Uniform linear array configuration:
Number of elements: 12
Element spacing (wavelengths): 0.5
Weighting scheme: hamming
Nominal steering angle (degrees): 0
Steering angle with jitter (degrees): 1.229
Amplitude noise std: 0.05
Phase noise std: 0.05

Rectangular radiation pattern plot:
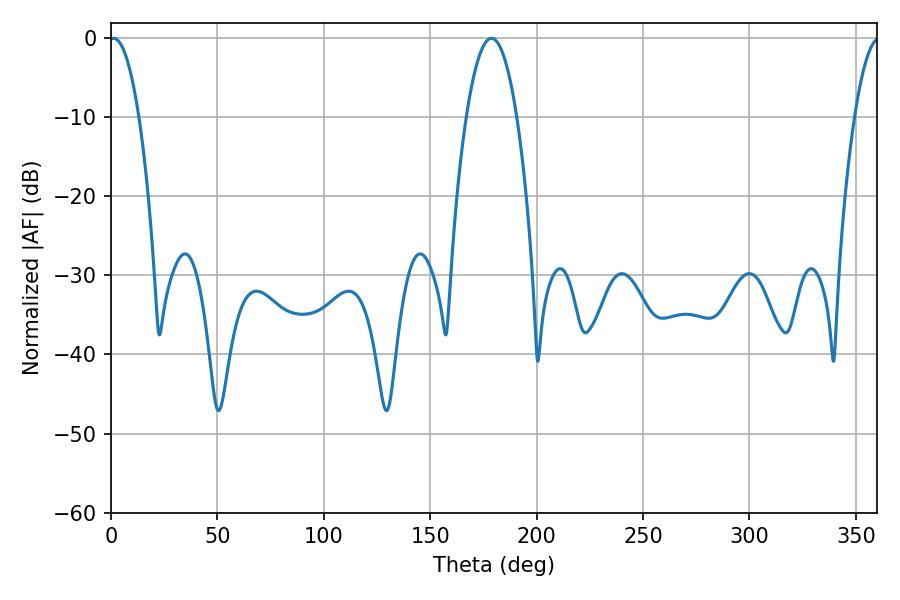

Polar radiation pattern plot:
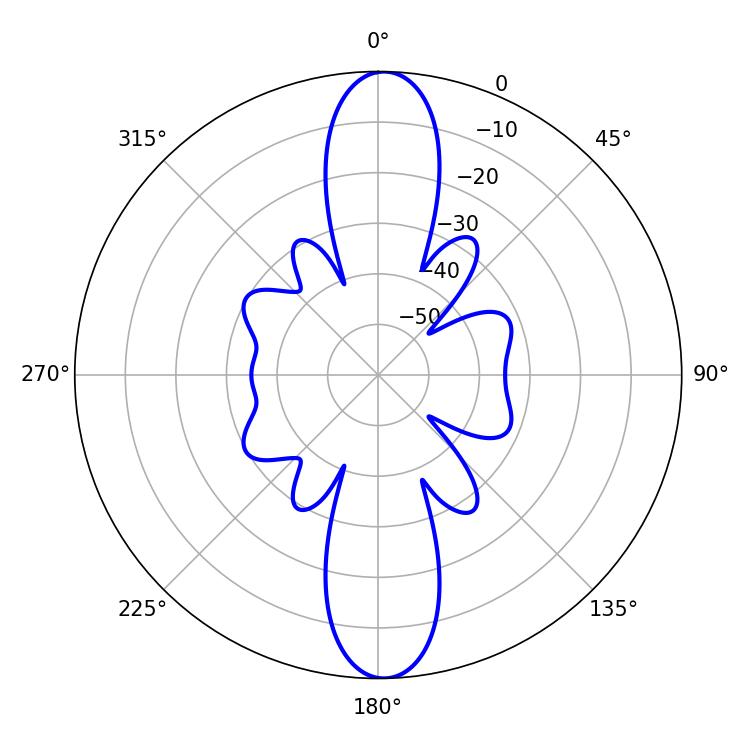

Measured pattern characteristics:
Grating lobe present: FALSE
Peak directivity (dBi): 22.872
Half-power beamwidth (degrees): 7.74
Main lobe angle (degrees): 1.26